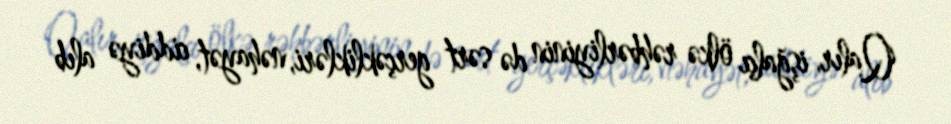
Qalır, işğalçı ölkə rəhbərliyinin də sərt gerçəklikləri, nəhayət, ciddiyə alıb